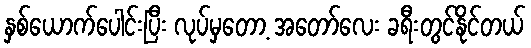
နှစ်ယောက်ပေါင်းပြီး လုပ်မှတော့ အတော်လေး ခရီးတွင်နိုင်တယ်